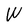
Character: W